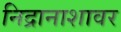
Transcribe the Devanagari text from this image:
निद्रानाशावर